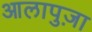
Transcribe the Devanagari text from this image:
आलापुज़ा